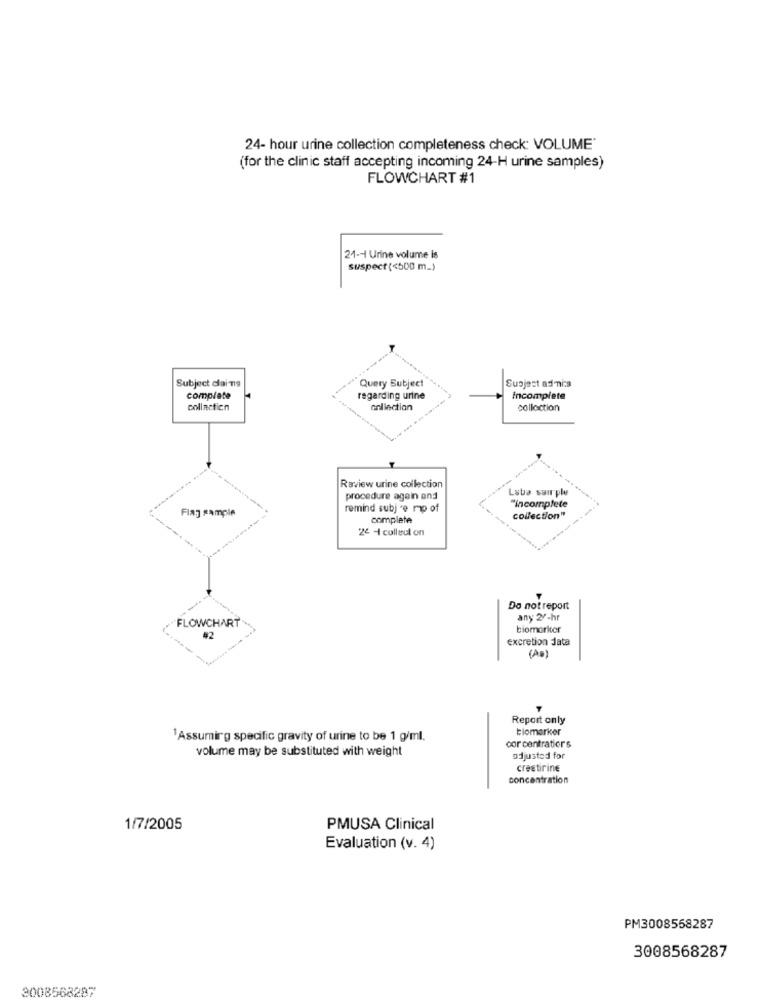
24- hour urine collection completeness check: VOLUME'
(for the clinic staff accepting incoming 24-H urine samples)
FLOWCHART #1
21 -- 1 Urine volume is
suspect (<500 m_)
Subject dlains
Subject ad nica
Query Subject
complete
regarding urine
Incomplete
collartien
collection
collection
Raview urine collection
Lsba sair ple
procedure again and
Flag sample
remind subj -e mp of
"incomplete
complete
collection"
24 -4 colleul on
Do not report
FLOWCHART
any 2/-hr
biomoritor
#2
excretion Jata
(AD)
Report only
biomarker
1Assumirg specific gravity of urine to be 1 g/ml.
volume may be substituted with weight
cor centratiors
adjusted for
crestirine
concentration
1/7/2005
PMUSA Clinical
Evaluation (v. 4)
PM3008558287
3008568287
3008568287